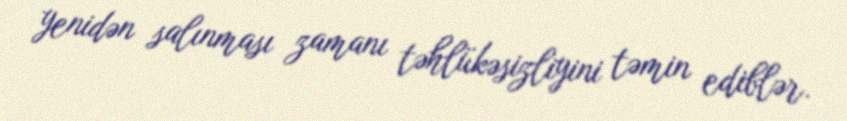
yenidən salınması zamanı təhlükəsizliyini təmin ediblər.